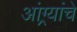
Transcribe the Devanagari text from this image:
आंग्र्यांचे